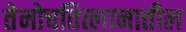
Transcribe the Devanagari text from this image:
तेनोचतित्लानातील